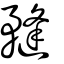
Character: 𥎌